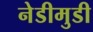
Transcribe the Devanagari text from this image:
नेडीमुडी